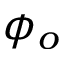
\phi _ { o }